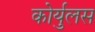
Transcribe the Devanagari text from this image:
कोर्युलस